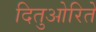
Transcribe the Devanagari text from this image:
दितुओरिते